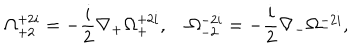
\Omega _ { + 2 } ^ { + 2 i } = - \frac { i } { 2 } \nabla _ { + } \Omega _ { + } ^ { + 2 i } , \quad \Omega _ { - 2 } ^ { - 2 i } = - \frac { i } { 2 } \nabla _ { - } \Omega _ { - } ^ { - 2 i } ,